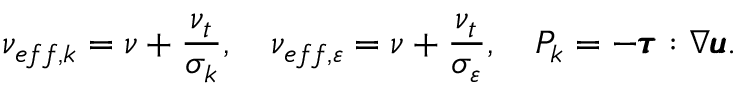
\nu _ { e f f , k } = \nu + \frac { \nu _ { t } } { \sigma _ { k } } , \quad \nu _ { e f f , \varepsilon } = \nu + \frac { \nu _ { t } } { \sigma _ { \varepsilon } } , \quad P _ { k } = - \pmb { \tau } : \nabla \pmb { u } .